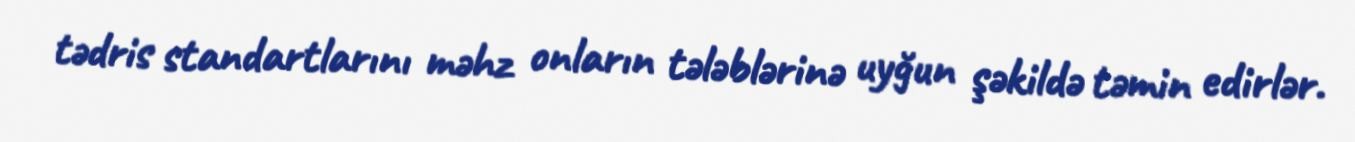
tədris standartlarını məhz onların tələblərinə uyğun şəkildə təmin edirlər.